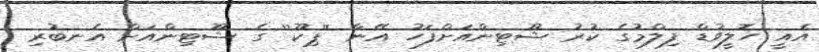
އެއީ ހޮލީވުޑް ފިލްމުގެ ކުރު ޝޫޓިންއަށްފަހު އޭނާ ''ޕިކޫ'' ގެ ޝޫޓިންއަށް އެނބުރި